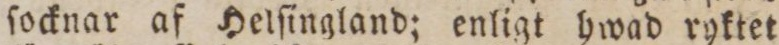
ſocknar af Helſingland; enligt hwad ryktet